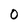
Character: 0